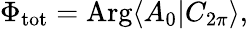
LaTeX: \Phi_{\mathrm{tot}}=\mathrm{Arg}\langle A_{0}|C_{2\pi}\rangle,